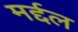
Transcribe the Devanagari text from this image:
मर्द्दल